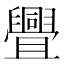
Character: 舋